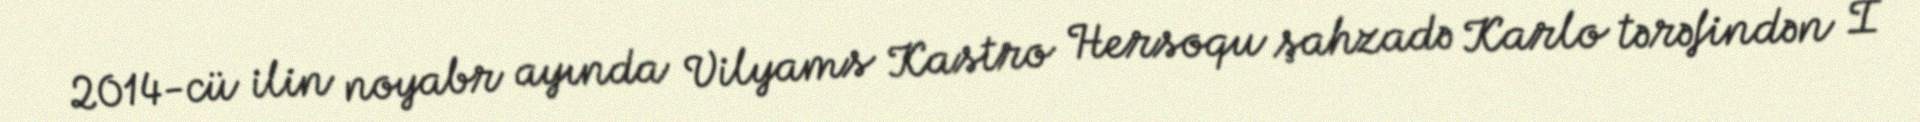
2014-cü ilin noyabr ayında Vilyams Kastro Hersoqu şahzadə Karlo tərəfindən I